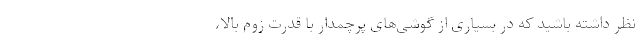
نظر داشته باشید که در بسیاری از گوشی‌های پرچمدار با قدرت زوم بالا،